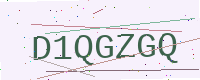
Text: D1QGZGQ